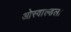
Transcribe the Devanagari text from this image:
ओस्वाल्डला